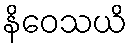
နိဝေသယိ